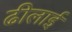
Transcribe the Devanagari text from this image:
ढीलाई